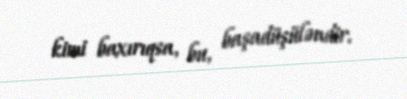
kimi baxırıqsa, bu, başadüşüləndir.